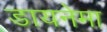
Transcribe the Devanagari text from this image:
डायनेमा